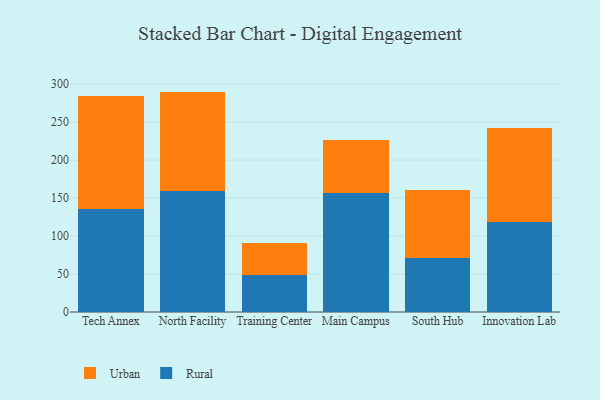
{"axis": {"x": "Campus", "y": "Revenue (USD Million)"}, "legend": ["Rural", "Urban"], "data": [{"x": "Tech Annex", "y": 135.7, "type": "Rural"}, {"x": "Tech Annex", "y": 149.1, "type": "Urban"}, {"x": "North Facility", "y": 159.1, "type": "Rural"}, {"x": "North Facility", "y": 131.1, "type": "Urban"}, {"x": "Training Center", "y": 49.0, "type": "Rural"}, {"x": "Training Center", "y": 41.8, "type": "Urban"}, {"x": "Main Campus", "y": 156.8, "type": "Rural"}, {"x": "Main Campus", "y": 70.1, "type": "Urban"}, {"x": "South Hub", "y": 71.4, "type": "Rural"}, {"x": "South Hub", "y": 89.5, "type": "Urban"}, {"x": "Innovation Lab", "y": 118.0, "type": "Rural"}, {"x": "Innovation Lab", "y": 124.3, "type": "Urban"}]}